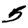
Digit: 5